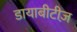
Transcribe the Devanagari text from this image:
डायाबीटीज़